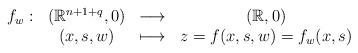
LaTeX: \begin{align*}\begin{array}{cccc}f_{w}: & \left( \Bbb{R}^{n+1+q},0\right) & \longrightarrow & \left( \Bbb{R},0\right) \\ & (x,s,w) & \longmapsto & z=f(x,s,w)=f_{w}(x,s)\end{array}\end{align*}